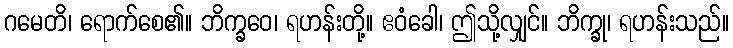
ဂမေတိ၊ ရောက်စေ၏။ ဘိက္ခဝေ၊ ရဟန်းတို့။ ဧဝံခေါ၊ ဤသို့လျှင်။ ဘိက္ခု၊ ရဟန်းသည်။